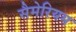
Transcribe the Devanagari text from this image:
सैमेरियम